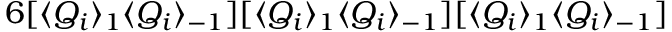
6 [ \langle Q _ { i } \rangle _ { 1 } \langle Q _ { i } \rangle _ { - 1 } ] [ \langle Q _ { i } \rangle _ { 1 } \langle Q _ { i } \rangle _ { - 1 } ] [ \langle Q _ { i } \rangle _ { 1 } \langle Q _ { i } \rangle _ { - 1 } ]